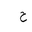
Letter: _ha